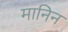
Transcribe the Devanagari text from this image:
मानिन